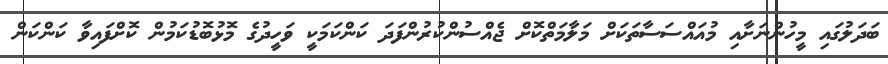
ބަދަލުގައި މީހުންނަށާއި މުއައްސަސާތަކަށް މަލާމަތްކޮށް ޖެއްސުންކުރުންފަދަ ކަންކަމަކީ ވަހީދުގެ މޮޅުބޮޑުކަމުން ކޮށްފައިވާ ކަންކަން